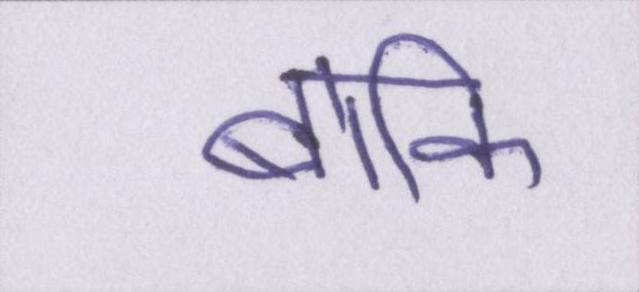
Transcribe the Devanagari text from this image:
बाकि